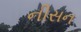
નીસન